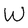
Character: W